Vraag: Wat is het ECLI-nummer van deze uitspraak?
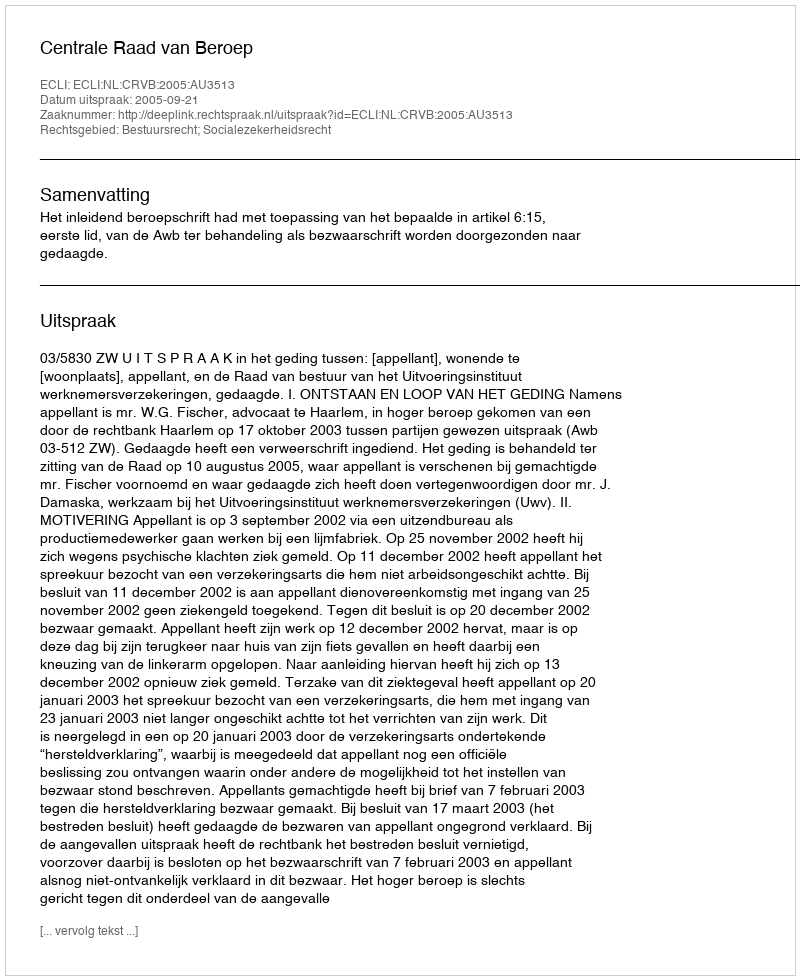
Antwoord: ECLI:NL:CRVB:2005:AU3513